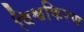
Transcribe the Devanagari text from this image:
विश्वकिरण